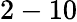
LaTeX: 2-10